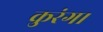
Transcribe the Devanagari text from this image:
कुरंग।